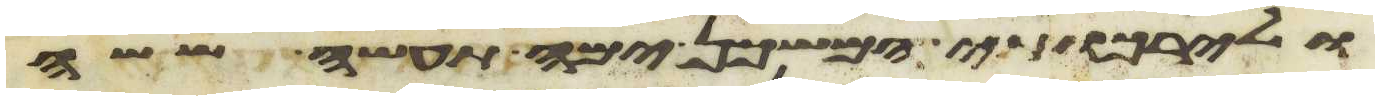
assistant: ולירכתי המשכן ימה תעשה ששה